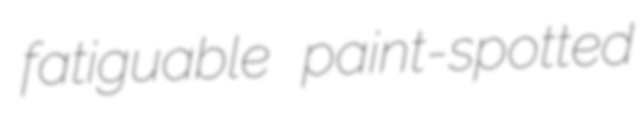
fatiguable paint-spotted